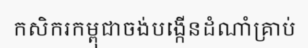
កសិករកម្ពុជាចង់បង្កើនដំណាំគ្រាប់